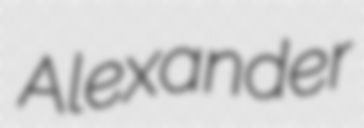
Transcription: Alexander